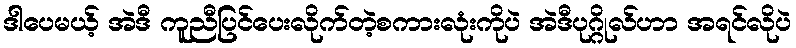
ဒါပေမယ့် အဲဒီ ကူညီပြင်ပေးလိုက်တဲ့စကားလုံးကိုပဲ အဲဒီပုဂ္ဂိုလ်ဟာ အရင်လိုပဲ